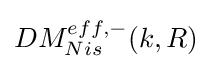
DM_{Nis}^{eff,-}(k,R)